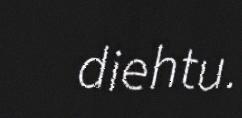
diehtu.